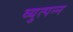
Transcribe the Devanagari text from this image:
व्युत्पन्‍न